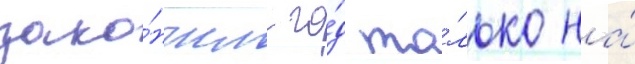
зако́нчил го́д то́лько на́